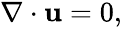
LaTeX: \begin{array}{r}{\nabla\cdot\textbf{u}=0,}\end{array}